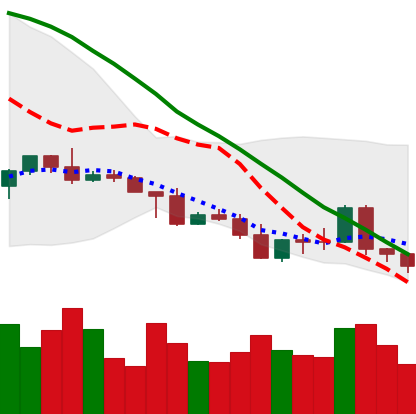
Ticker: NEO-USD
Chart end date: 2022-05-07
Forward return: -40.234%
Label: down_7plus